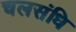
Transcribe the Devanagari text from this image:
चलसंधि